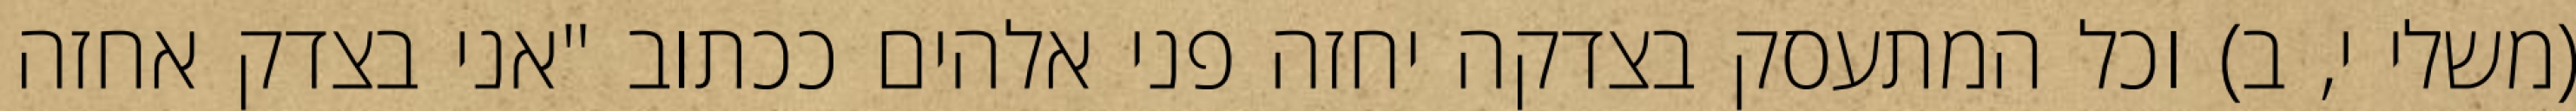
(משלי י, ב) וכל המתעסק בצדקה יחזה פני אלהים ככתוב "אני בצדק אחזה